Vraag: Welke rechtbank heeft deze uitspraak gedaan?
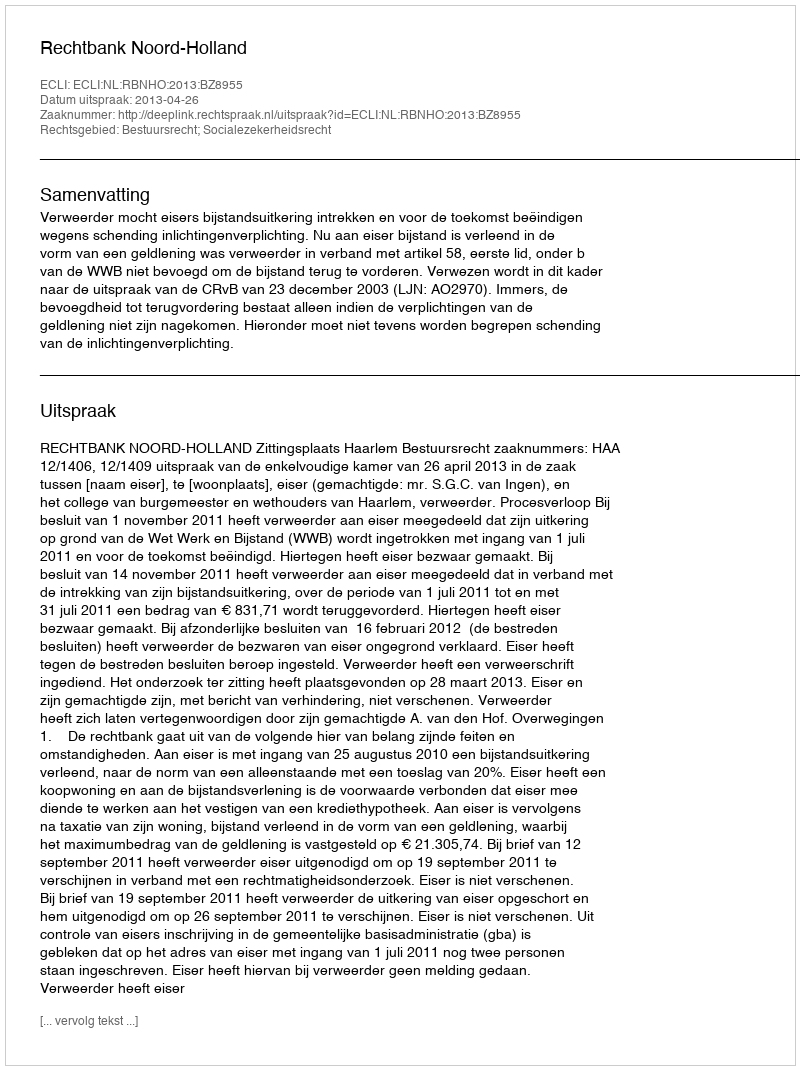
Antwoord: Rechtbank Noord-Holland